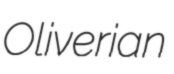
Oliverian